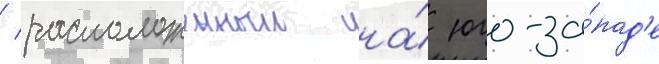
/ расположенныи на́ юго-за́пад'е